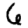
Digit: 6